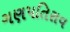
ગણપતિરાવ